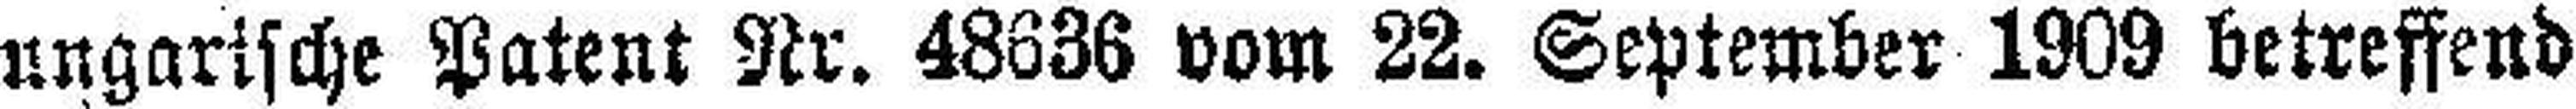
ungarische Patent Nr. 48636 vom 22. September 1909 betreffend